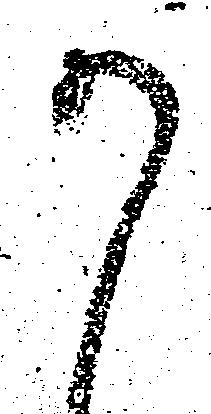
か